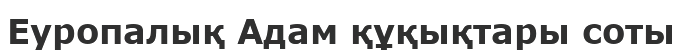
Еуропалық Адам құқықтары соты